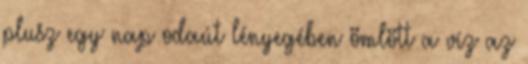
plusz egy nap odaút lényegében ömlött a víz az